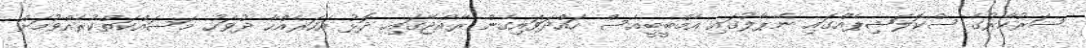
ސަރުކާރުގެ ސްކޮލަޝިޕެއްގައި ނޭޕާލުގައި އެމްބީބީއެސް ހައްދަވައިގެން ރާއްޖޭގައި ދޮޅު އަހަރެއްހާ ދުވަހު މަސައްކަތްކުރެއްވުމަށް